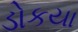
ડોકયા